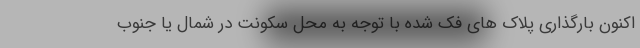
اکنون بارگذاری پلاک های فک شده با توجه به محل سکونت در شمال یا جنوب